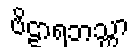
ဗိဠာရဘသ္တာ